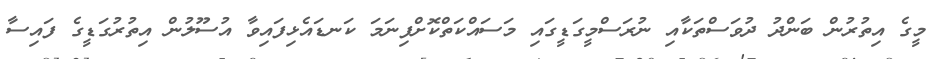
މީގެ އިތުރުން ބަންދު ދުވަސްތަކާއި ނުރަސްމީގަޑީގައި މަސައްކަތްކޮށްފިނަމަ ކަނޑައެޅިފައިވާ އުސޫލުން އިތުރުގަޑީގެ ފައިސާ